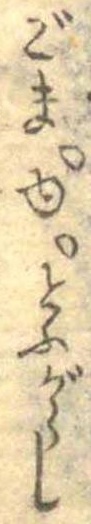
ごま○ゆ○とふがらし